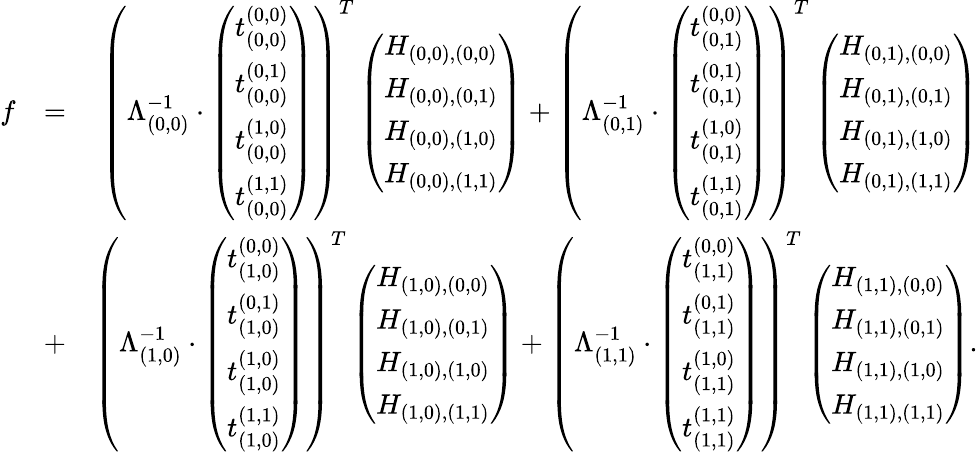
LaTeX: \begin{array}{rlr}{f}&{=}&{\left(\Lambda_{(0,0)}^{-1}\cdot\left(\begin{array}{c}{t_{(0,0)}^{(0,0)}}\\ {t_{(0,0)}^{(0,1)}}\\ {t_{(0,0)}^{(1,0)}}\\ {t_{(0,0)}^{(1,1)}}\end{array}\right)\right)^{T}\left(\begin{array}{c}{H_{(0,0),(0,0)}}\\ {H_{(0,0),(0,1)}}\\ {H_{(0,0),(1,0)}}\\ {H_{(0,0),(1,1)}}\end{array}\right)+\left(\Lambda_{(0,1)}^{-1}\cdot\left(\begin{array}{c}{t_{(0,1)}^{(0,0)}}\\ {t_{(0,1)}^{(0,1)}}\\ {t_{(0,1)}^{(1,0)}}\\ {t_{(0,1)}^{(1,1)}}\end{array}\right)\right)^{T}\left(\begin{array}{c}{H_{(0,1),(0,0)}}\\ {H_{(0,1),(0,1)}}\\ {H_{(0,1),(1,0)}}\\ {H_{(0,1),(1,1)}}\end{array}\right)}\\ &{+}&{\left(\Lambda_{(1,0)}^{-1}\cdot\left(\begin{array}{c}{t_{(1,0)}^{(0,0)}}\\ {t_{(1,0)}^{(0,1)}}\\ {t_{(1,0)}^{(1,0)}}\\ {t_{(1,0)}^{(1,1)}}\end{array}\right)\right)^{T}\left(\begin{array}{c}{H_{(1,0),(0,0)}}\\ {H_{(1,0),(0,1)}}\\ {H_{(1,0),(1,0)}}\\ {H_{(1,0),(1,1)}}\end{array}\right)+\left(\Lambda_{(1,1)}^{-1}\cdot\left(\begin{array}{c}{t_{(1,1)}^{(0,0)}}\\ {t_{(1,1)}^{(0,1)}}\\ {t_{(1,1)}^{(1,0)}}\\ {t_{(1,1)}^{(1,1)}}\end{array}\right)\right)^{T}\left(\begin{array}{c}{H_{(1,1),(0,0)}}\\ {H_{(1,1),(0,1)}}\\ {H_{(1,1),(1,0)}}\\ {H_{(1,1),(1,1)}}\end{array}\right).}\end{array}